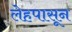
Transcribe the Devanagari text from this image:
लेहपासून